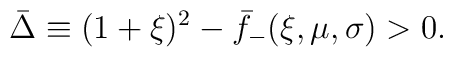
\bar{\Delta} \equiv (1 + \xi)^2 - \bar f_-(\xi,\mu,\sigma) > 0.